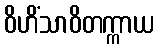
ဝိဟိံသာဝိတက္ကာယ